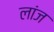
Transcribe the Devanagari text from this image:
लांज